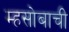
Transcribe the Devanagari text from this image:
म्हसोबाची